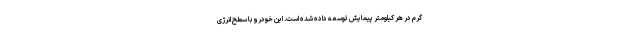
گرم در هر کیلومتر پیمایش توسعه داده شده است. این خودرو با سطح انرژی